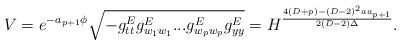
LaTeX: \begin{align*}V=e^{-a_{p+1}\phi}\sqrt{-g^E_{tt}g^E_{w_1w_1}...g^E_{w_pw_p}g^E_{yy}}=H^{{4(D+p)-(D-2)^2aa_{p+1}}\over{2(D-2)\Delta}}.\end{align*}